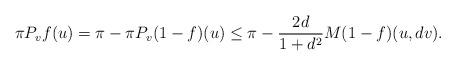
LaTeX: \begin{align*}\pi P_v f(u)=\pi-\pi P_v (1-f)(u)\leq \pi -\frac{2d}{1+d^2}M(1-f)(u,dv).\end{align*}